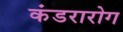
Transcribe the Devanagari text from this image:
कंडरारोग